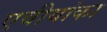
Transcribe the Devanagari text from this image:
एवीयांका